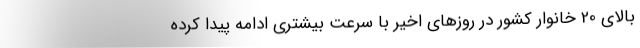
بالای 20 خانوار کشور در روزهای اخیر با سرعت بیشتری ادامه پیدا کرده